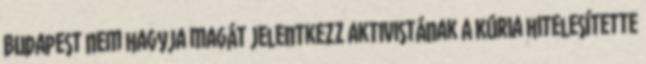
Budapest nem hagyja magát Jelentkezz aktivistának A Kúria hitelesítette